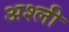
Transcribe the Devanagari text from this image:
अश्ली